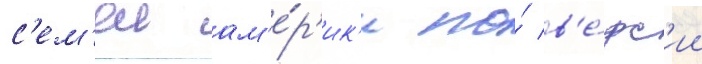
с'ем'еи ам'е́р'ик'и по́ в'е́рс'ии